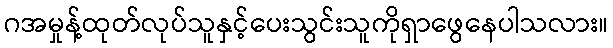
ဂအမှုန့်ထုတ်လုပ်သူနှင့်ပေးသွင်းသူကိုရှာဖွေနေပါသလား။